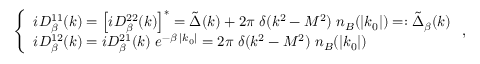
\left\{ \begin{array} { l } { { i D _ { \beta } ^ { 1 1 } ( k ) = \left[ i D _ { \beta } ^ { 2 2 } ( k ) \right] ^ { * } = \tilde { \Delta } ( k ) + 2 \pi \; \delta ( k ^ { 2 } - M ^ { 2 } ) \; n _ { B } ( | k _ { 0 } | ) = : \tilde { \Delta } _ { \beta } ( k ) } } \\ { { i D _ { \beta } ^ { 1 2 } ( k ) = i D _ { \beta } ^ { 2 1 } ( k ) \; e ^ { - \beta \; | k _ { 0 } | } = 2 \pi \; \delta ( k ^ { 2 } - M ^ { 2 } ) \; n _ { B } ( | k _ { 0 } | ) } } \end{array} \right. ,